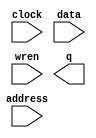
// megafunction wizard: %RAM: 1-PORT%VBB%
// GENERATION: STANDARD
// VERSION: WM1.0
// MODULE: altsyncram 

// ============================================================
// Megafunction Name(s):
// 			altsyncram
//
// Simulation Library Files(s):
// 			altera_mf
// ============================================================
// ************************************************************
// THIS IS A WIZARD-GENERATED FILE. DO NOT EDIT THIS FILE!
//
// 13.0.1 Build 232 06/12/2013 SP 1 SJ Web Edition
// ************************************************************

//Copyright (C) 1991-2013 Altera Corporation
//Your use of Altera Corporation's design tools, logic functions 
//and other software and tools, and its AMPP partner logic 
//functions, and any output files from any of the foregoing 
//(including device programming or simulation files), and any 
//associated documentation or information are expressly subject 
//to the terms and conditions of the Altera Program License 
//Subscription Agreement, Altera MegaCore Function License 
//Agreement, or other applicable license agreement, including, 
//without limitation, that your use is for the sole purpose of 
//programming logic devices manufactured by Altera and sold by 
//Altera or its authorized distributors.  Please refer to the 
//applicable agreement for further details.

module lpm_ram (
	address,
	clock,
	data,
	wren,
	q);

	input	[4:0]  address;
	input	  clock;
	input	[7:0]  data;
	input	  wren;
	output	[7:0]  q;
`ifndef ALTERA_RESERVED_QIS
// synopsys translate_off
`endif
	tri1	  clock;
`ifndef ALTERA_RESERVED_QIS
// synopsys translate_on
`endif

endmodule

// ============================================================
// CNX file retrieval info
// ============================================================
// Retrieval info: PRIVATE: ADDRESSSTALL_A NUMERIC "0"
// Retrieval info: PRIVATE: AclrAddr NUMERIC "0"
// Retrieval info: PRIVATE: AclrByte NUMERIC "0"
// Retrieval info: PRIVATE: AclrData NUMERIC "0"
// Retrieval info: PRIVATE: AclrOutput NUMERIC "0"
// Retrieval info: PRIVATE: BYTE_ENABLE NUMERIC "0"
// Retrieval info: PRIVATE: BYTE_SIZE NUMERIC "8"
// Retrieval info: PRIVATE: BlankMemory NUMERIC "0"
// Retrieval info: PRIVATE: CLOCK_ENABLE_INPUT_A NUMERIC "0"
// Retrieval info: PRIVATE: CLOCK_ENABLE_OUTPUT_A NUMERIC "0"
// Retrieval info: PRIVATE: Clken NUMERIC "0"
// Retrieval info: PRIVATE: DataBusSeparated NUMERIC "1"
// Retrieval info: PRIVATE: IMPLEMENT_IN_LES NUMERIC "0"
// Retrieval info: PRIVATE: INIT_FILE_LAYOUT STRING "PORT_A"
// Retrieval info: PRIVATE: INIT_TO_SIM_X NUMERIC "0"
// Retrieval info: PRIVATE: INTENDED_DEVICE_FAMILY STRING "Cyclone II"
// Retrieval info: PRIVATE: JTAG_ENABLED NUMERIC "0"
// Retrieval info: PRIVATE: JTAG_ID STRING "NONE"
// Retrieval info: PRIVATE: MAXIMUM_DEPTH NUMERIC "0"
// Retrieval info: PRIVATE: MIFfilename STRING "init.mif"
// Retrieval info: PRIVATE: NUMWORDS_A NUMERIC "32"
// Retrieval info: PRIVATE: RAM_BLOCK_TYPE NUMERIC "2"
// Retrieval info: PRIVATE: READ_DURING_WRITE_MODE_PORT_A NUMERIC "3"
// Retrieval info: PRIVATE: RegAddr NUMERIC "1"
// Retrieval info: PRIVATE: RegData NUMERIC "1"
// Retrieval info: PRIVATE: RegOutput NUMERIC "1"
// Retrieval info: PRIVATE: SYNTH_WRAPPER_GEN_POSTFIX STRING "0"
// Retrieval info: PRIVATE: SingleClock NUMERIC "1"
// Retrieval info: PRIVATE: UseDQRAM NUMERIC "1"
// Retrieval info: PRIVATE: WRCONTROL_ACLR_A NUMERIC "0"
// Retrieval info: PRIVATE: WidthAddr NUMERIC "5"
// Retrieval info: PRIVATE: WidthData NUMERIC "8"
// Retrieval info: PRIVATE: rden NUMERIC "0"
// Retrieval info: LIBRARY: altera_mf altera_mf.altera_mf_components.all
// Retrieval info: CONSTANT: CLOCK_ENABLE_INPUT_A STRING "BYPASS"
// Retrieval info: CONSTANT: CLOCK_ENABLE_OUTPUT_A STRING "BYPASS"
// Retrieval info: CONSTANT: INIT_FILE STRING "init.mif"
// Retrieval info: CONSTANT: INTENDED_DEVICE_FAMILY STRING "Cyclone II"
// Retrieval info: CONSTANT: LPM_HINT STRING "ENABLE_RUNTIME_MOD=NO"
// Retrieval info: CONSTANT: LPM_TYPE STRING "altsyncram"
// Retrieval info: CONSTANT: NUMWORDS_A NUMERIC "32"
// Retrieval info: CONSTANT: OPERATION_MODE STRING "SINGLE_PORT"
// Retrieval info: CONSTANT: OUTDATA_ACLR_A STRING "NONE"
// Retrieval info: CONSTANT: OUTDATA_REG_A STRING "CLOCK0"
// Retrieval info: CONSTANT: POWER_UP_UNINITIALIZED STRING "FALSE"
// Retrieval info: CONSTANT: RAM_BLOCK_TYPE STRING "M4K"
// Retrieval info: CONSTANT: WIDTHAD_A NUMERIC "5"
// Retrieval info: CONSTANT: WIDTH_A NUMERIC "8"
// Retrieval info: CONSTANT: WIDTH_BYTEENA_A NUMERIC "1"
// Retrieval info: USED_PORT: address 0 0 5 0 INPUT NODEFVAL "address[4..0]"
// Retrieval info: USED_PORT: clock 0 0 0 0 INPUT VCC "clock"
// Retrieval info: USED_PORT: data 0 0 8 0 INPUT NODEFVAL "data[7..0]"
// Retrieval info: USED_PORT: q 0 0 8 0 OUTPUT NODEFVAL "q[7..0]"
// Retrieval info: USED_PORT: wren 0 0 0 0 INPUT NODEFVAL "wren"
// Retrieval info: CONNECT: @address_a 0 0 5 0 address 0 0 5 0
// Retrieval info: CONNECT: @clock0 0 0 0 0 clock 0 0 0 0
// Retrieval info: CONNECT: @data_a 0 0 8 0 data 0 0 8 0
// Retrieval info: CONNECT: @wren_a 0 0 0 0 wren 0 0 0 0
// Retrieval info: CONNECT: q 0 0 8 0 @q_a 0 0 8 0
// Retrieval info: GEN_FILE: TYPE_NORMAL lpm_ram.v TRUE
// Retrieval info: GEN_FILE: TYPE_NORMAL lpm_ram.inc FALSE
// Retrieval info: GEN_FILE: TYPE_NORMAL lpm_ram.cmp FALSE
// Retrieval info: GEN_FILE: TYPE_NORMAL lpm_ram.bsf FALSE
// Retrieval info: GEN_FILE: TYPE_NORMAL lpm_ram_inst.v FALSE
// Retrieval info: GEN_FILE: TYPE_NORMAL lpm_ram_bb.v TRUE
// Retrieval info: LIB_FILE: altera_mf